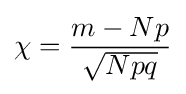
\chi ={m-Np \over {\sqrt {Npq}}}